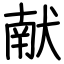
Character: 献